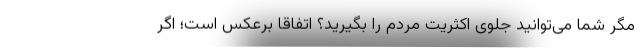
مگر شما می‌توانید جلوی اکثریت مردم را بگیرید؟ اتفاقا برعکس است؛ اگر